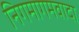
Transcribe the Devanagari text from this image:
निगमागमवादा